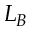
L _ { B }